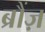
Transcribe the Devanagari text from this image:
ब्रौंज़